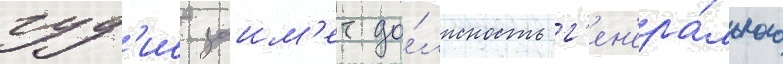
гуд'ис заим'ет до́лжность г'ен'ера́льного